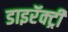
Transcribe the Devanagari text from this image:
डाइरॅक्ट्री